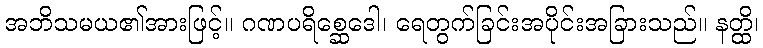
အဘိသမယ၏အားဖြင့်။ ဂဏပရိစ္ဆေဒေါ၊ ရေတွက်ခြင်းအပိုင်းအခြားသည်။ နတ္ထိ၊